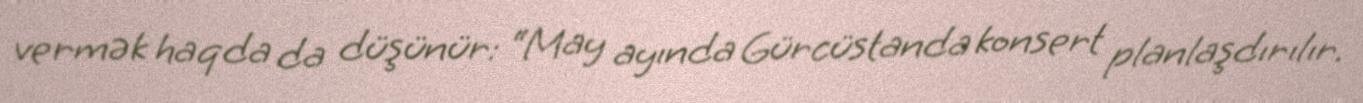
vermək haqda da düşünür: “May ayında Gürcüstanda konsert planlaşdırılır.